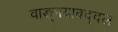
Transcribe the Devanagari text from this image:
वाङ्‌मयाबद्दल